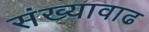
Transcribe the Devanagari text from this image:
संख्यावाढ